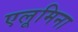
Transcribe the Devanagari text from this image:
एलूमिना